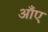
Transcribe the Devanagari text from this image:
आँए